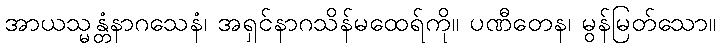
အာယသ္မန္တံနာဂသေနံ၊ အရှင်နာဂသိန်မထေရ်ကို။ ပဏီတေန၊ မွန်မြတ်သော။